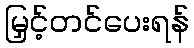
မြှင့်တင်ပေးရန်